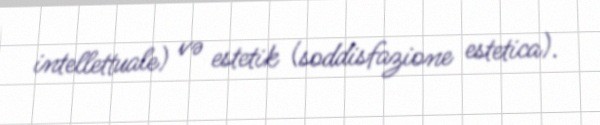
intellettuale) və estetik (soddisfazione estetica).